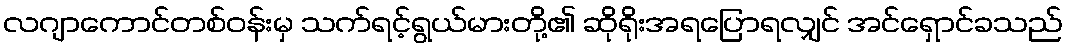
လဂျာကောင်တစ်ဝန်းမှ သက်ရင့်ရွယ်မားတို့၏ ဆိုရိုးအရပြောရလျှင် အင်ရှောင်ခသည်